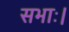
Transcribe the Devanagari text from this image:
सभाः।